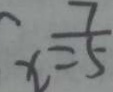
x = \frac { 7 } { 5 }